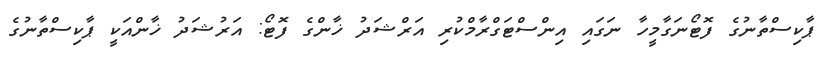
ޕާކިސްތާނުގެ ފޮޓޯނަގާމީހާ ނަގައި އިންސްޓަގްރާމްކުރި އަރްޝަދު ޚާންގެ ފޮޓޯ: އަރުޝަދު ޚާންއަކީ ޕާކިސްތާނުގެ